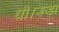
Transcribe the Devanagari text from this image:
थी।रूड़ा